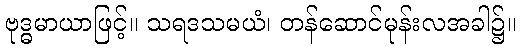
ဗုဒ္ဓမာယာဖြင့်။ သရဒသမယံ၊ တန်ဆောင်မုန်းလအခါ၌။